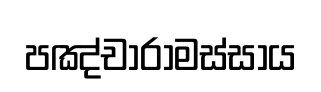
පඤ්චාරාමස්සාය